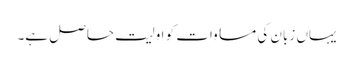
یہاں زبان کی مساوات کو اولیت حاصل ہے۔